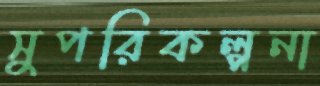
সুপরিকল্পনা